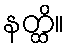
နတ္ထိ။